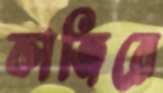
কাজিরে